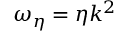
\omega _ { \eta } = \eta k ^ { 2 }